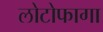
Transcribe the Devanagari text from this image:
लोटोफागा